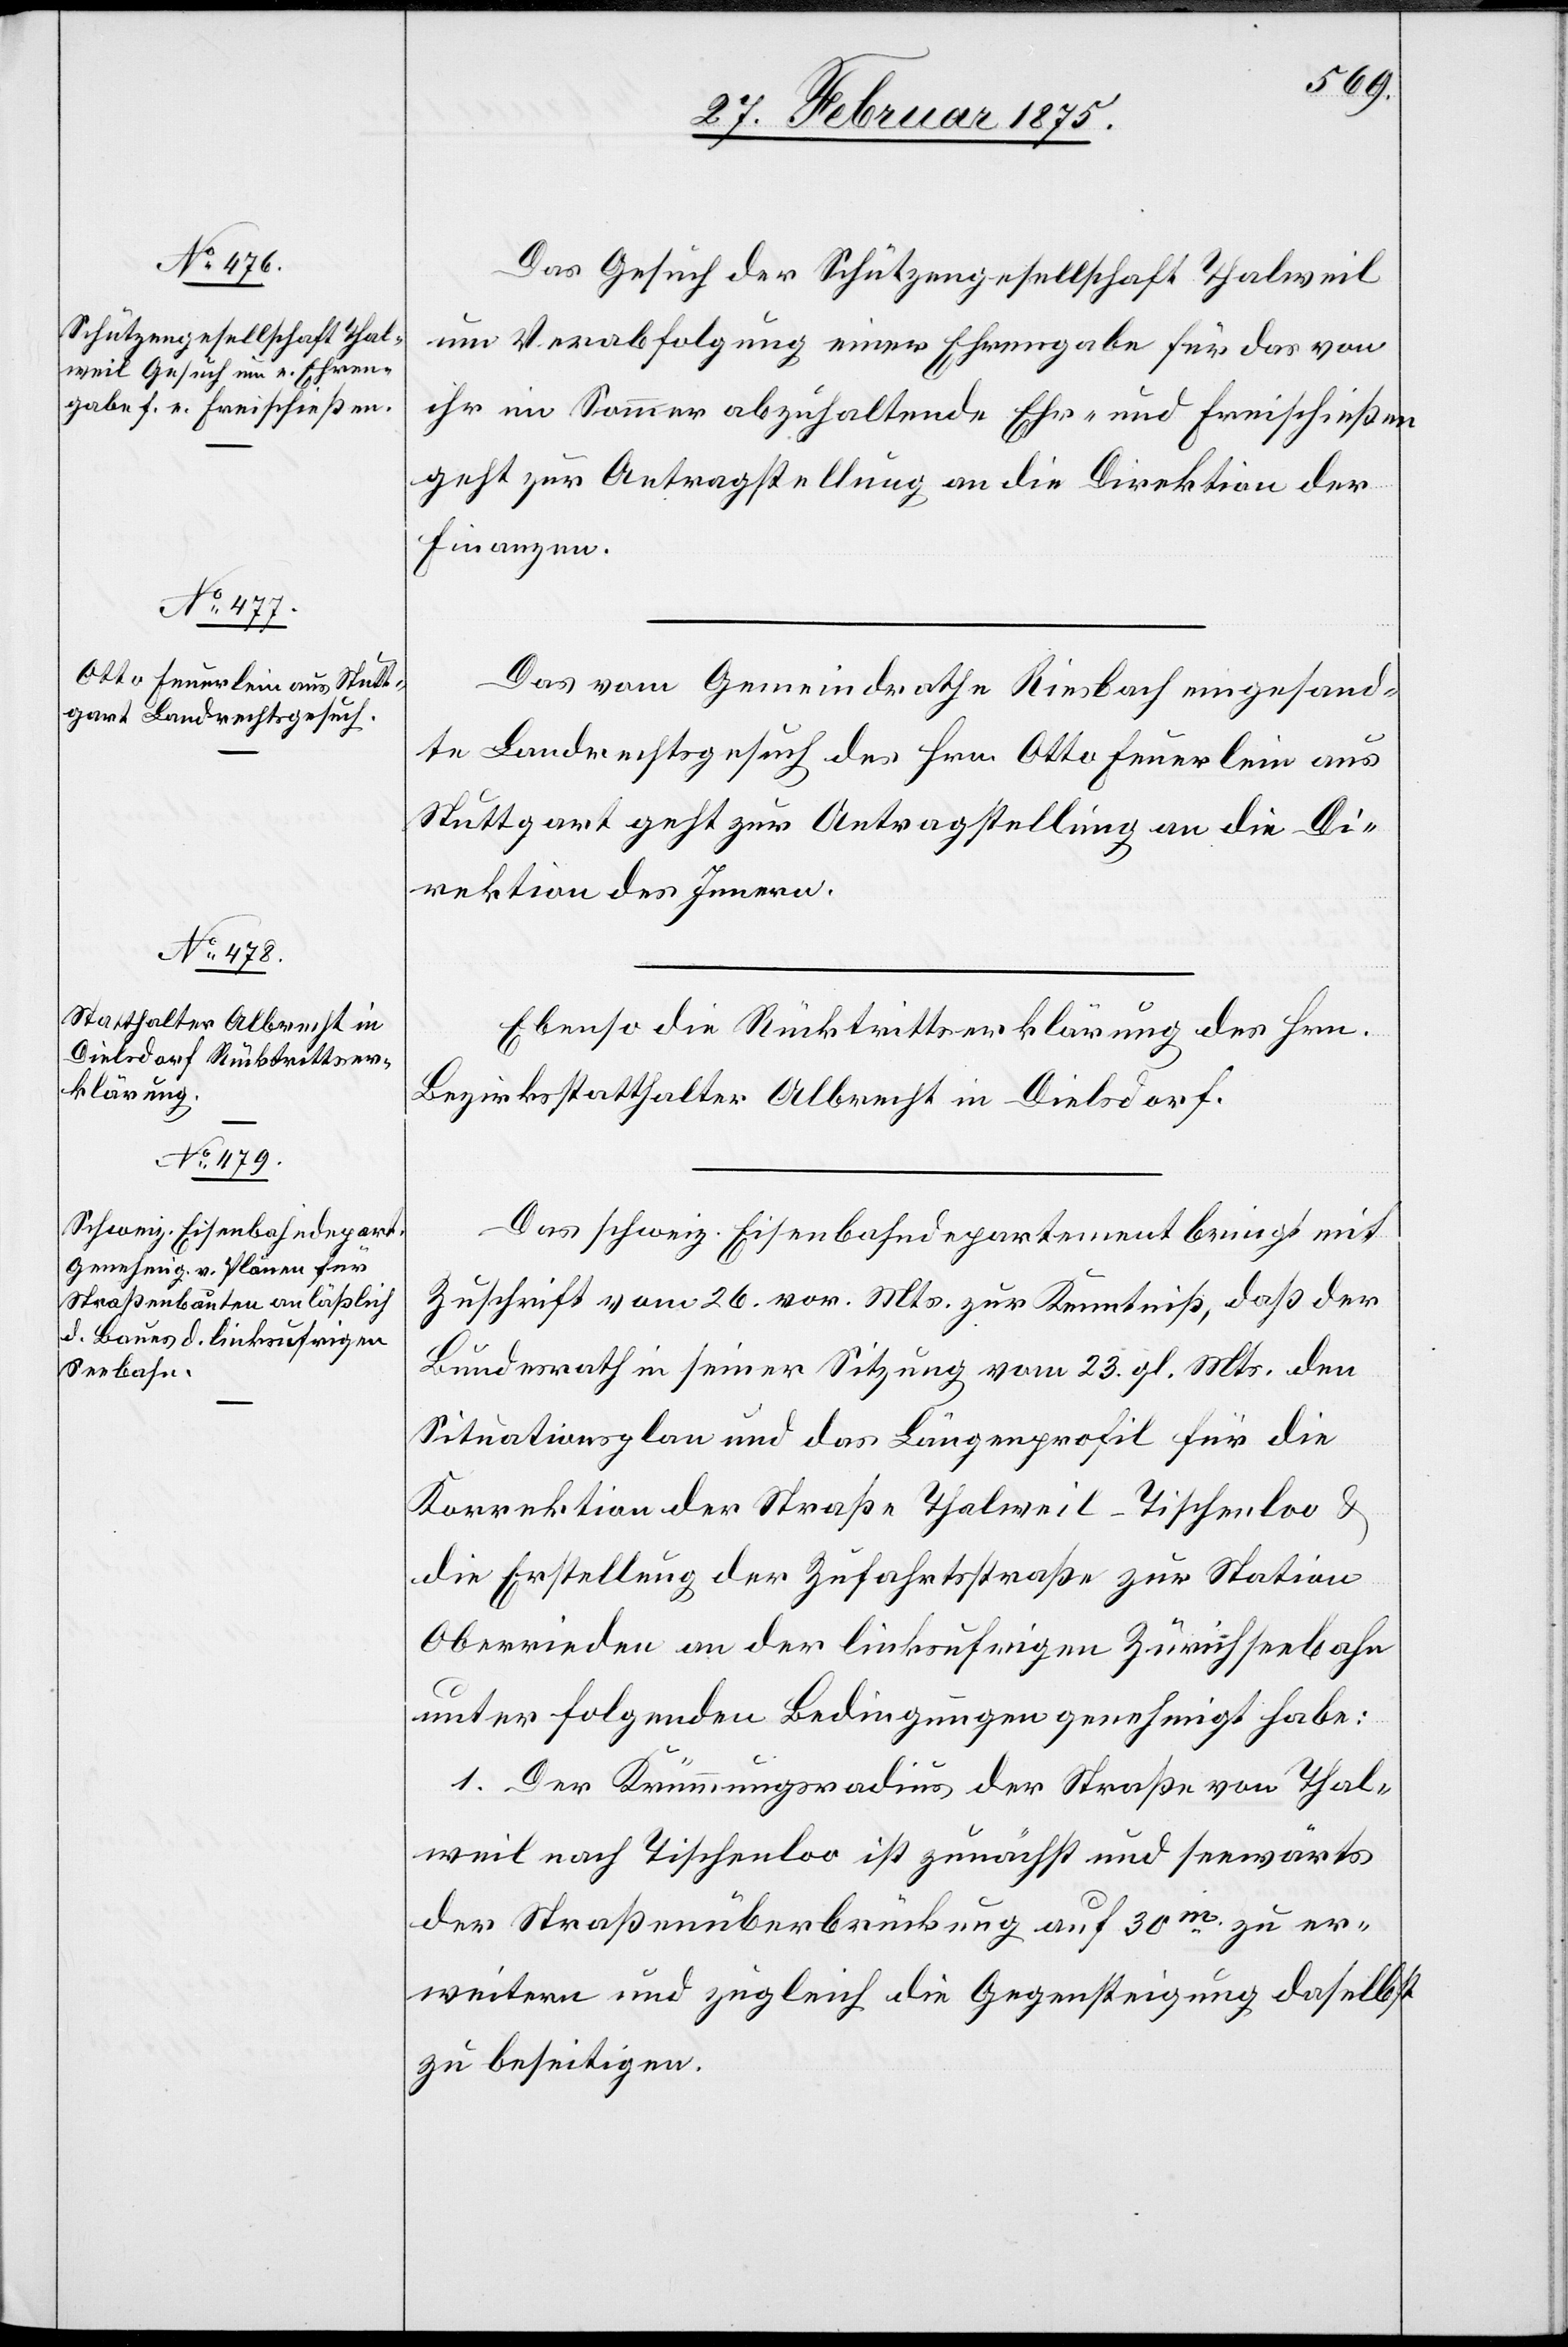
Das Gesuch der Schützengesellschaft Thalweil
um Verabfolgung einer Ehrengabe für das von
ihr im Sommer abzuhaltende Ehr- und Freischießen
geht zur Antragstellung an die Direktion der
Finanzen.
Das vom Gemeindrathe Riesbach eingesand¬
te Landrechtsgesuch des Hrn. Otto Feuerlein aus
Stuttgart geht zur Antragstellung an die Di¬
rektion des Innern.
Ebenso die Rücktrittserklärung des Hrn.
Bezirksstatthalter Albrecht in Dielsdorf.
Das schweiz. Eisenbahndepartement bringt mit
Zuschrift vom 26. vor. Mts. zur Kenntniß, daß der
Bundesrath in seiner Sitzung vom 23. gl. Mts. den
Situationsplan und das Längenprofil für die
Korrektion der Straße Thalweil-Tischenloo &
die Erstellung der Zufahrtsstraße zur Station
Oberrieden an der linksufrigen Zürichseebahn
unter folgenden Bedingungen genehmigt habe:
1. Der Krümmungsradius der Straße von Thal¬
weil nach Tischenloo ist zunächst und seewärts
der Straßenüberbrückung auf 30m zu er¬
weitern und zugleich die Gegensteigung daselbst
zu beseitigen.